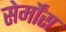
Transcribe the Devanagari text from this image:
सेर्मोंस